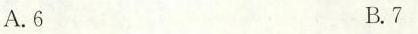
A.6 B.7